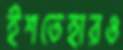
ইশতেহারও